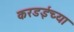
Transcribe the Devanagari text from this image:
करडईच्या